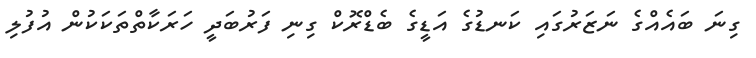
ގިނަ ބައެއްގެ ނަޒަރުގައި ކަނޑުގެ އަޑީގެ ބެޑްރޮކް ގިނި ފަރުބަދީ ހަރަކާތްތަކަކުން އުފުލި